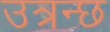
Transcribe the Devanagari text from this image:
उत्रन्छ